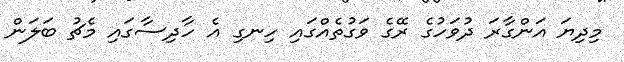
މިދިޔަ އަންގާރަ ދުވަހުގެ ރޭގެ ވަގުތެއްގައި ހިނގި އެ ހާދިސާގައި މެޗު ބަލަން